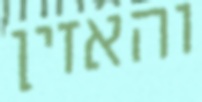
והאזין